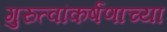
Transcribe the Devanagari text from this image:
गुरुत्वांकर्षणाच्या